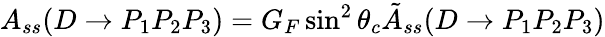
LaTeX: A_{ss}(D\rightarrow P_{1}P_{2}P_{3})=G_{F}\sin^{2}\theta_{c}\tilde{A}_{ss}(D\rightarrow P_{1}P_{2}P_{3})